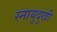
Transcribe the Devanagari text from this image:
स्नायुदुखी